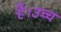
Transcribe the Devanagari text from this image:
है।उच्च